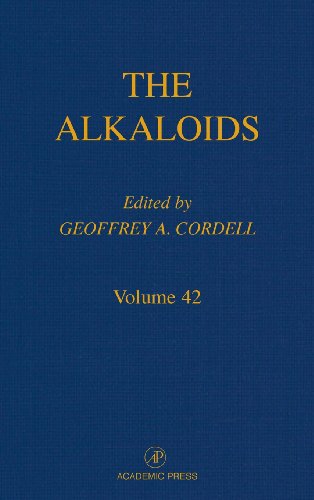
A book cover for The Alkaloids: Chemistry and Pharmacology, Vol. 42; Science & Math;